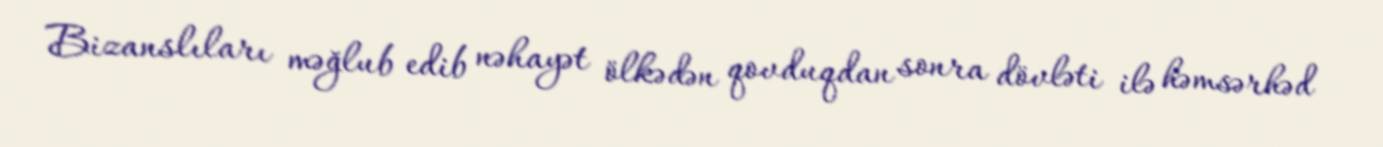
Bizanslıları məğlub edib nəhayət ölkədən qovduqdan sonra dövləti ilə həmsərhəd